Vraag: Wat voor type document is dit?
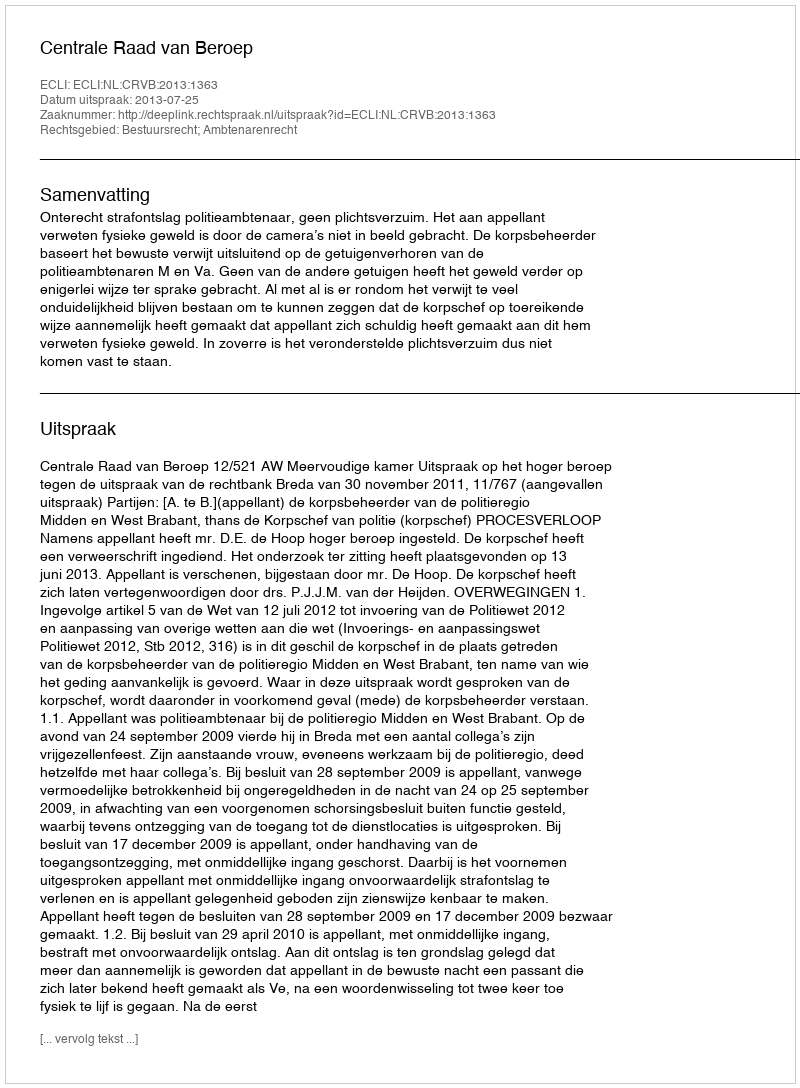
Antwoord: Uitspraak